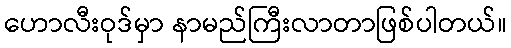
ဟောလီးဝုဒ်မှာ နာမည်ကြီးလာတာဖြစ်ပါတယ်။